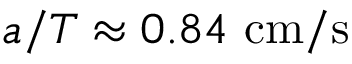
a / T \approx 0 . 8 4 ~ \mathrm { c m / s }